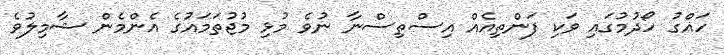
ހައްގު ހޯދުމުގައި ވަކި ފަންތިއެއް އިސްތިސްނާ ނުވެ މުޅި މުޖުތަމައުގެ އެންމެން ޝާމިލުވެ